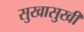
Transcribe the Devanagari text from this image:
सुखासुखी